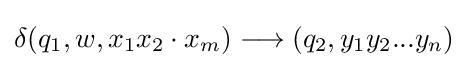
\delta (q_{1},w,x_{1}x_{2}\cdot x_{m})\longrightarrow (q_{2},y_{1}y_{2}...y_{n})